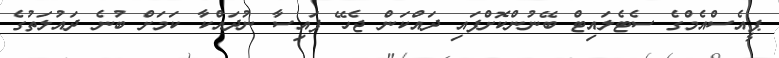
ޕީއެސްއެމްގެ ސެޓެލައިޓް ބޭނުންކޮށްފައި ދައްކަން ޖެހޭ ފައިސާ ނުދައްކާ ކަމަށް ބުނެ ދައުލަތުގެ